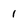
Character: 1